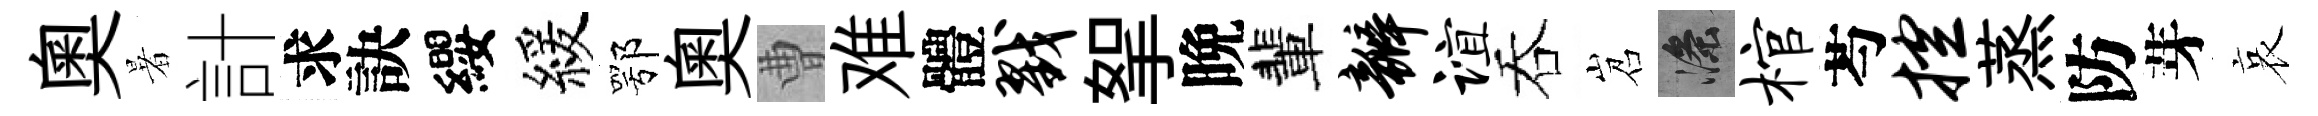
奥暑計求訣纓緩鄂奥曹难體戮挐晩輩瓣谊吞岧滌棺芍控蒸防芽哀